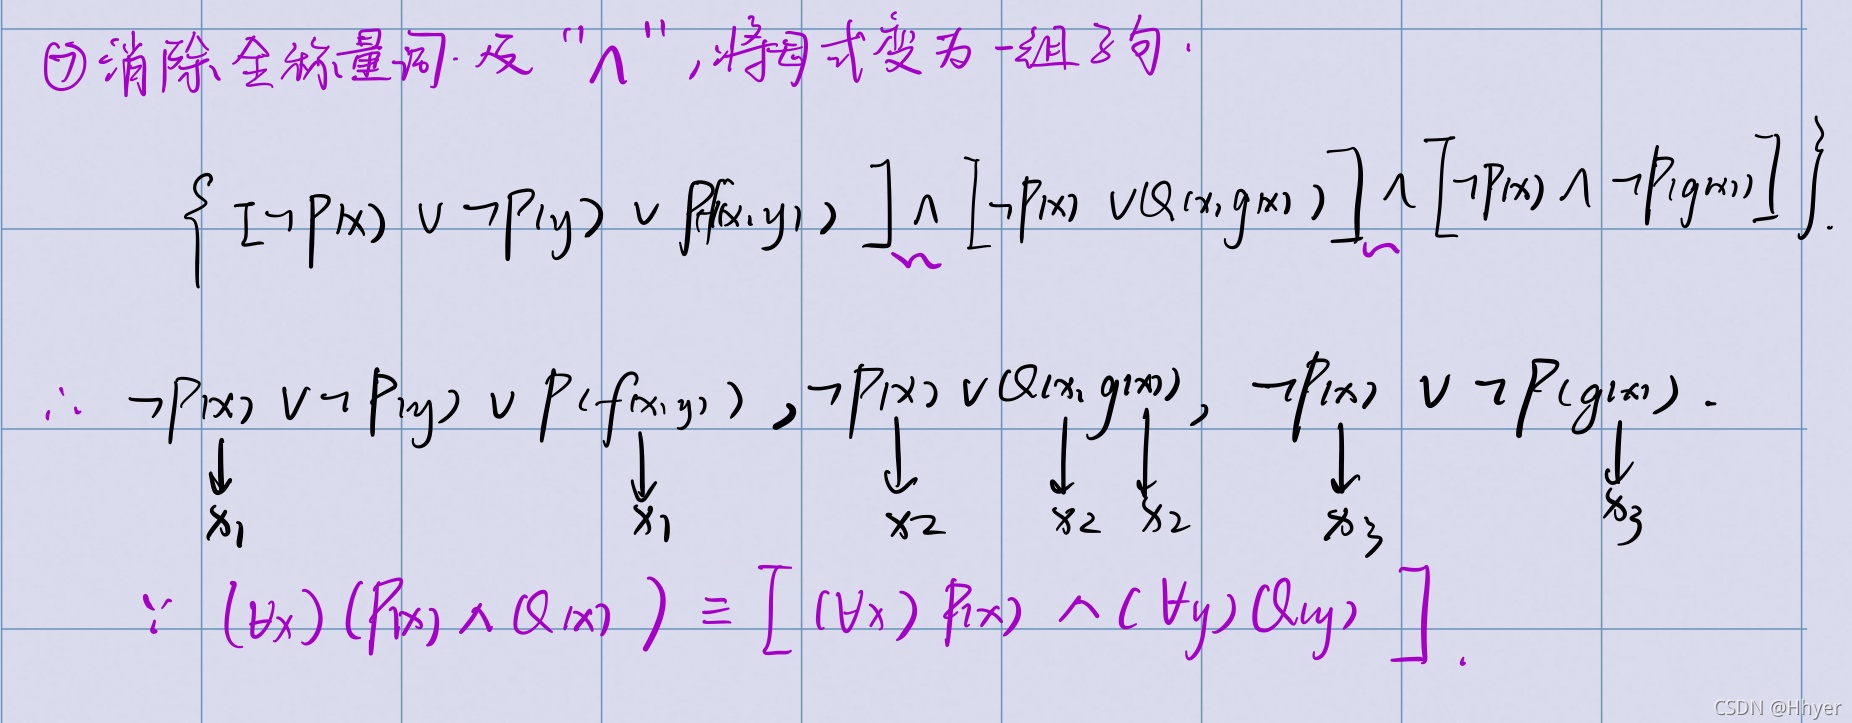
\textcircled{5} 消除全称量词及 “$\wedge$”，将因式变为一组子句。
$\left\{ [\neg P(x) \vee \neg P(y) \vee P(f(x,y))] \wedge [\neg P(x) \vee Q(x,g(x))] \wedge [\neg P(x) \wedge \neg P(g(x))] \right\}$
$\therefore \neg P(x) \vee \neg P(y) \vee P(f(x,y)), \neg P(x) \vee Q(x,g(x)), \neg P(x) \vee \neg P(g(x))$。
$\begin{matrix}\downarrow & \downarrow & \downarrow & \downarrow & \downarrow & \downarrow & \downarrow \\x_1 & x_1 & x_2 & x_2 & x_2 & x_3 & x_3\end{matrix}$
$\because (\forall x)(P(x) \wedge Q(x)) \equiv [(\forall x)P(x) \wedge (\forall y)Q(y)]$。